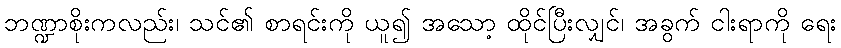
ဘဏ္ဍာစိုးကလည်း၊ သင်၏ စာရင်းကို ယူ၍ အသော့ ထိုင်ပြီးလျှင်၊ အခွက် ငါးရာကို ရေး